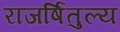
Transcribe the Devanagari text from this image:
राजर्षितुल्य